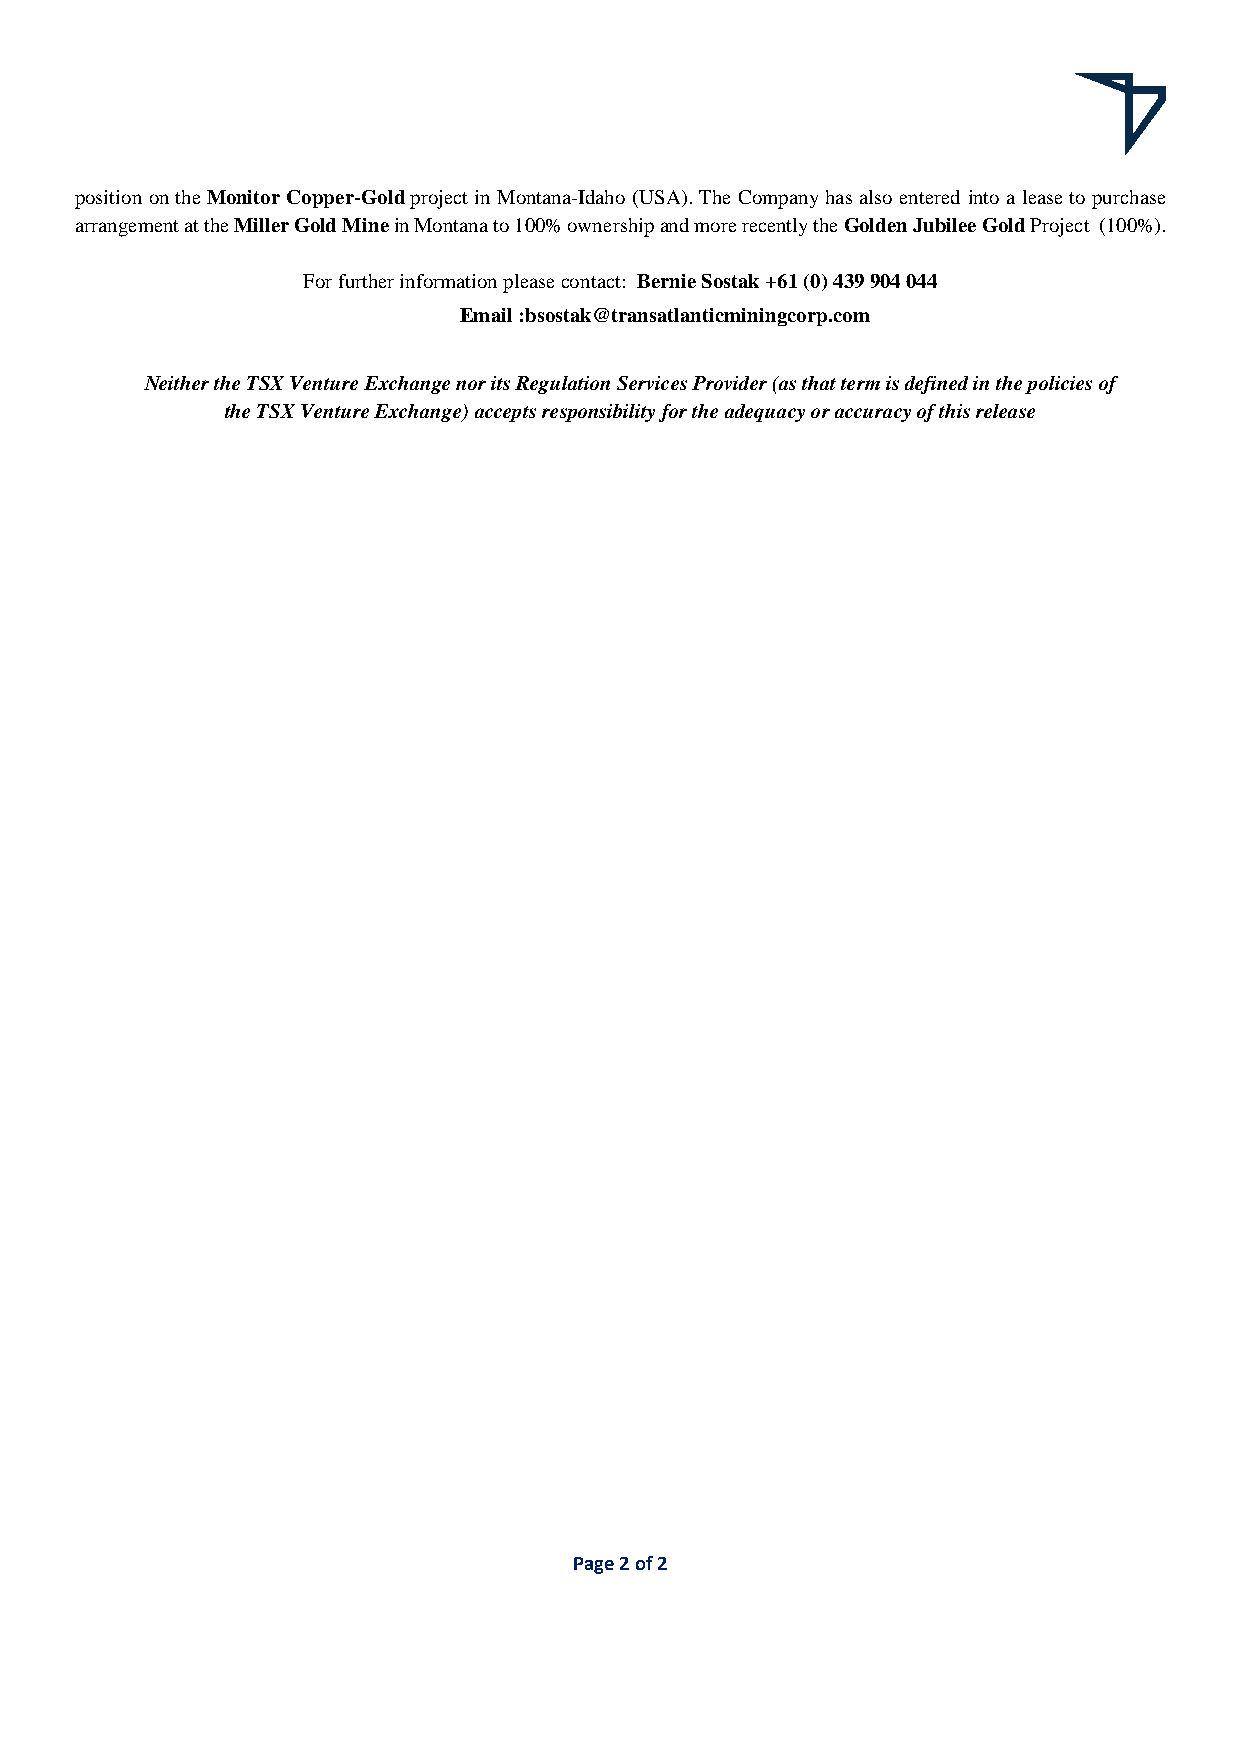
position on the Monitor Copper-Gold project in Montana-Idaho (USA). The Company has also entered into a lease to purchase
 arrangement at the Miller Gold Mine in Montana to 100% ownership and more recently the Golden Jubilee Gold Project (100%).
 For further information please contact: Bernie Sostak +61 (0) 439 904 044
 Email :bsostak@transatlanticminingcorp.com
 Neither the TSX Venture Exchange nor its Regulation Services Provider (as that term is defined in the policies of
 the TSX Venture Exchange) accepts responsibility for the adequacy or accuracy of this release
 Page 2 of 2